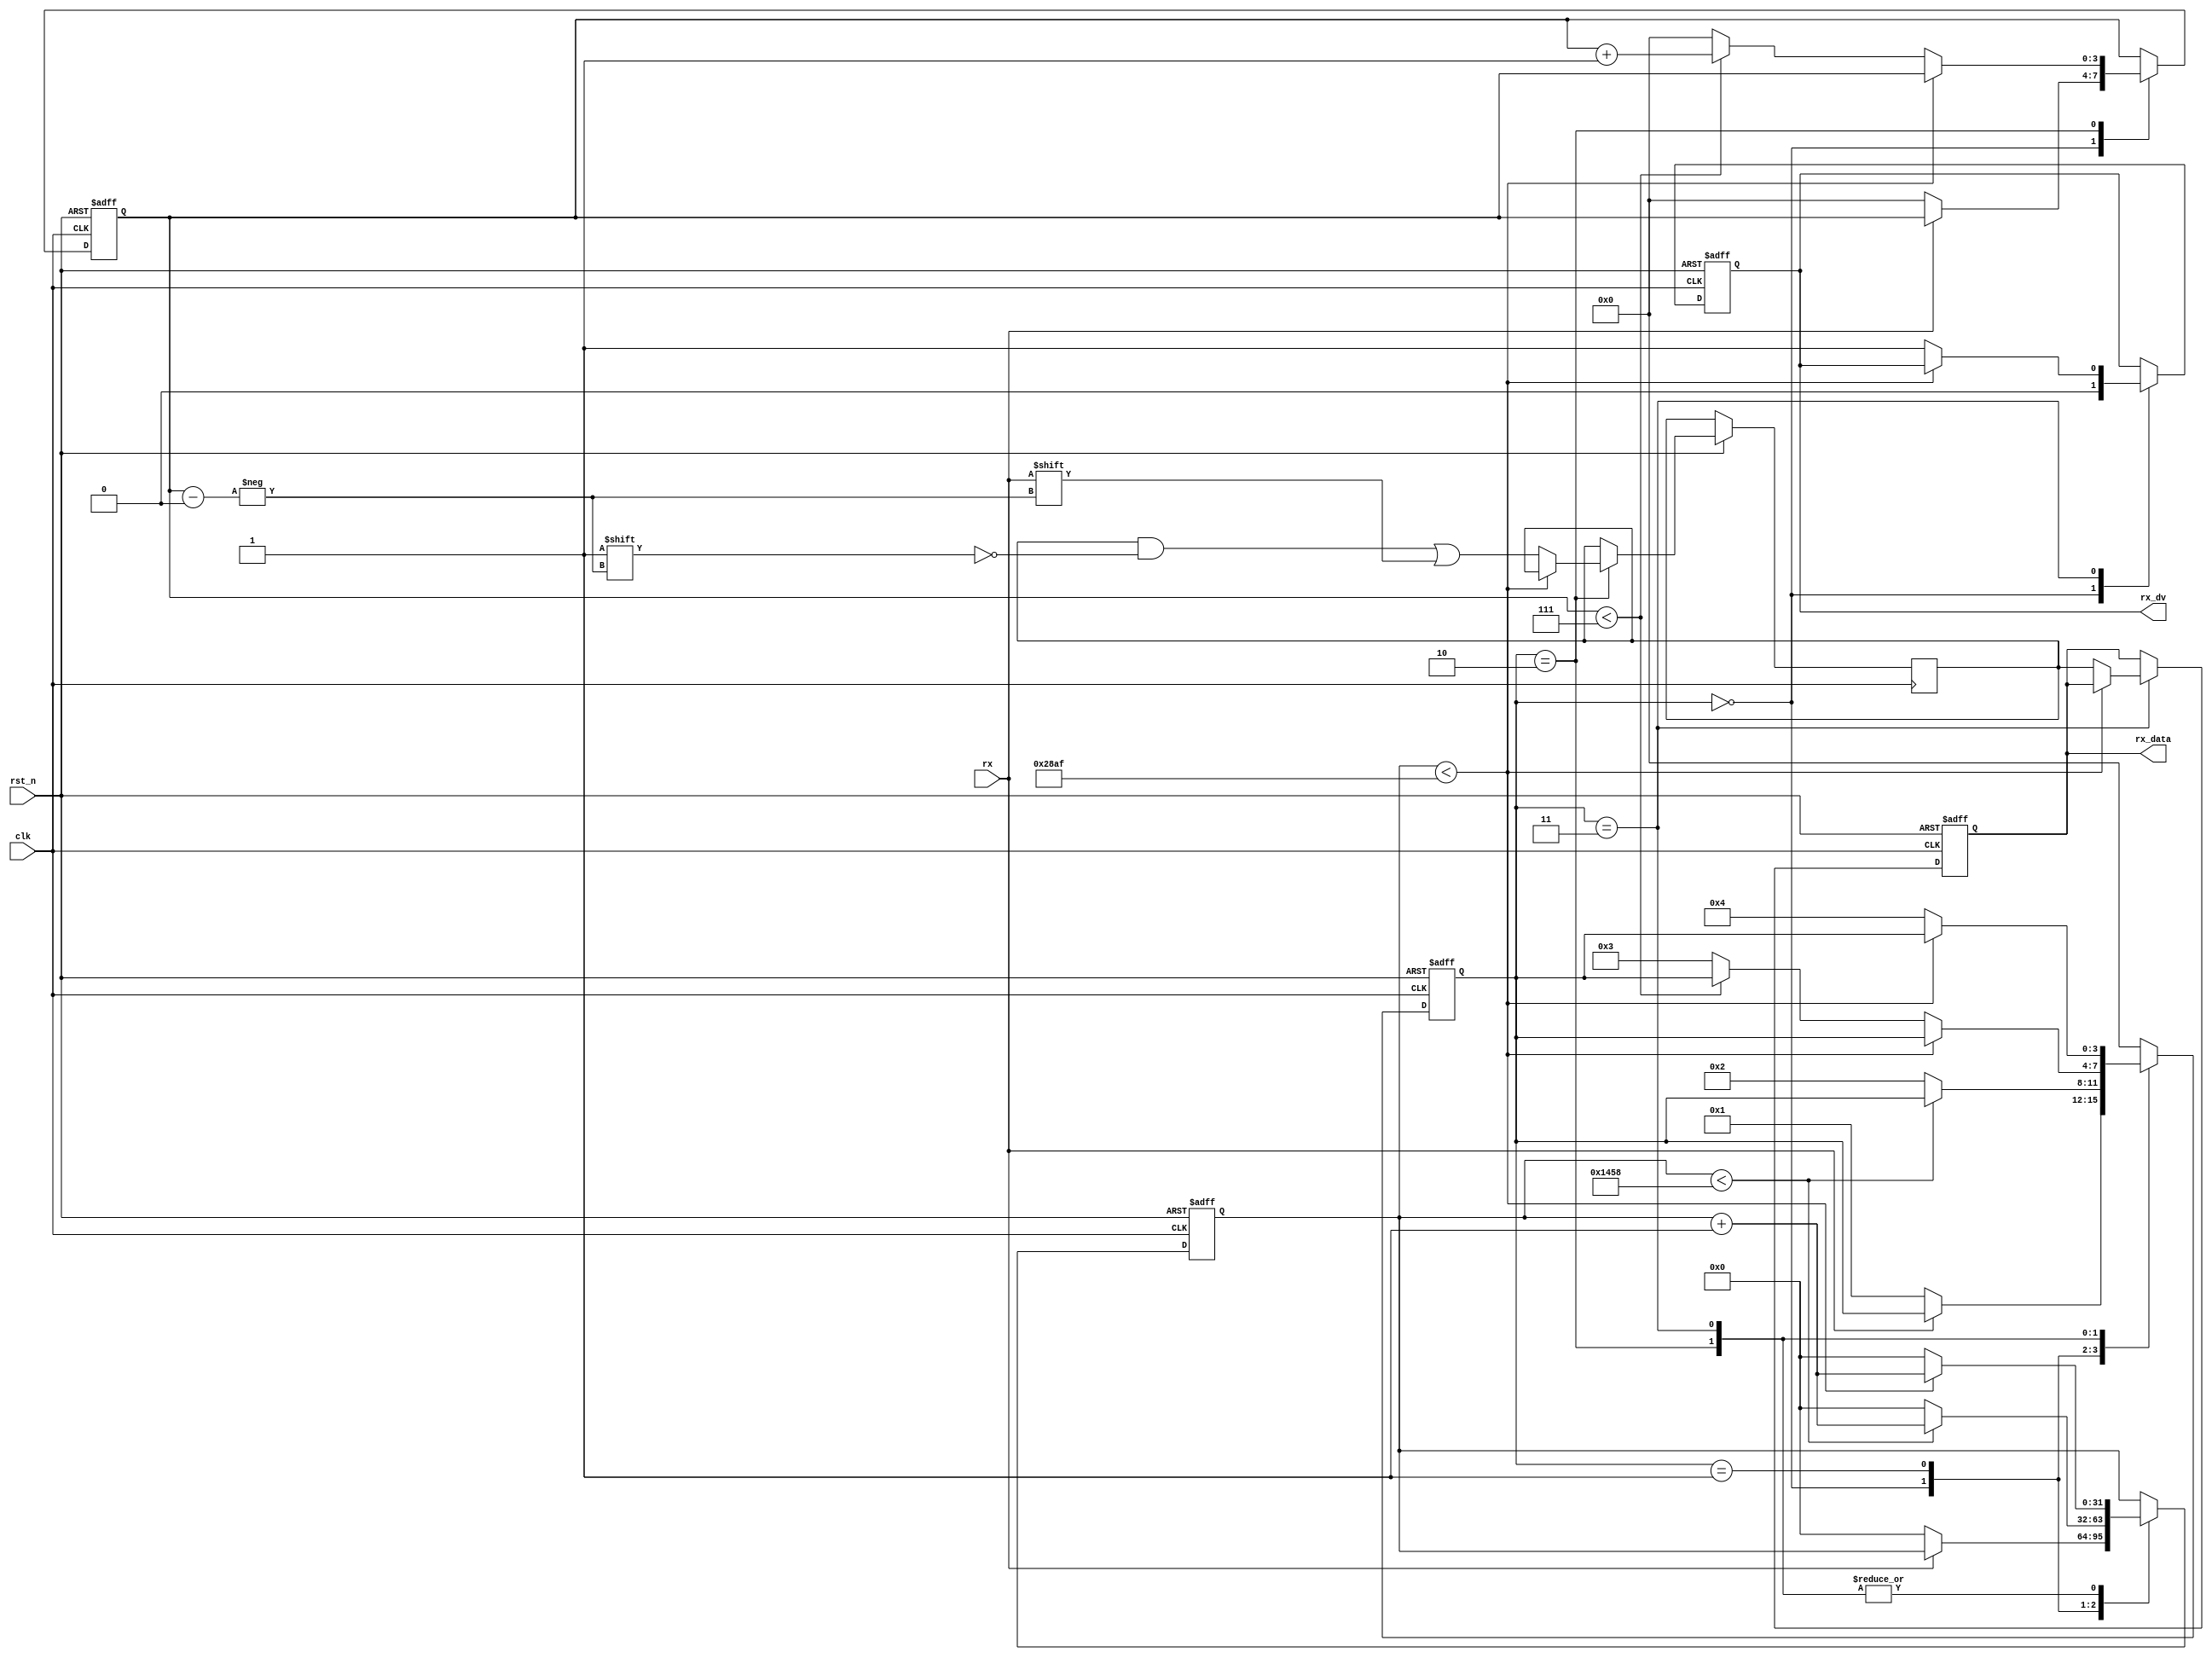
module uart_rx (
    input wire clk,               // Clock input
    input wire rst_n,             // Active low reset
    input wire rx,                // UART receive line
    output reg [7:0] rx_data,     // Received data
    output reg rx_dv              // Data valid signal after reception
);

    // Parameters
    parameter CLK_FREQ = 100000000;  // Clock frequency in Hz
    parameter BAUD_RATE = 9600;     // Baud rate
    parameter BIT_CNT_MAX = CLK_FREQ / BAUD_RATE;  // Bit interval count

    // State definitions
    localparam IDLE = 0;
    localparam START_BIT = 1;
    localparam DATA_BITS = 2;
    localparam STOP_BIT = 3;
    localparam CLEANUP = 4;

    // State machine variables
    reg [3:0] state = IDLE;
    reg [3:0] bit_cnt = 0;
    reg [31:0] tick_cnt = 0;
    reg [7:0] shift_reg;

    always @(posedge clk or negedge rst_n) begin
        if (!rst_n) begin
            rx_data <= 0;
            state <= IDLE;
            rx_dv <= 1'b0;
            tick_cnt <= 0;
            bit_cnt <= 0;
        end else begin
            case (state)
                IDLE: begin
                    rx_dv <= 1'b0;
                    if (rx == 1'b0) begin  // Start bit detected
                        tick_cnt <= 0;
                        bit_cnt <= 0;
                        state <= START_BIT;
                    end
                end
                START_BIT: begin
                    if (tick_cnt < (BIT_CNT_MAX / 2)) begin
                        tick_cnt <= tick_cnt + 1;
                    end else begin
                        tick_cnt <= 0;
                        state <= DATA_BITS;
                    end
                end
                DATA_BITS: begin
                    if (tick_cnt < BIT_CNT_MAX - 1) begin
                        tick_cnt <= tick_cnt + 1;
                    end else begin
                        tick_cnt <= 0;
                        shift_reg[bit_cnt] <= rx;
                        if (bit_cnt < 7) begin
                            bit_cnt <= bit_cnt + 1;
                        end else begin
                            bit_cnt <= 0;
                            state <= STOP_BIT;
                        end
                    end
                end
                STOP_BIT: begin
                    if (tick_cnt < BIT_CNT_MAX - 1) begin
                        tick_cnt <= tick_cnt + 1;
                    end else begin
                        tick_cnt <= 0;
                        rx_data <= shift_reg;
                        rx_dv <= 1'b1;
                        state <= CLEANUP;
                    end
                end
                CLEANUP: begin
                    state <= IDLE;
                end
                default: begin
                    state <= IDLE;
                end
            endcase
        end
    end

endmodule